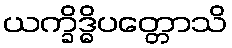
ယက္ခိဒ္ဓိပတ္တောသိ